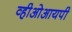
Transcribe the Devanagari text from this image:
व्हीओआयपी